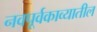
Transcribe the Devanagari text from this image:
नवपूर्वकाव्यातील